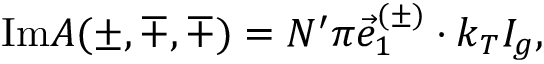
\mathrm { I m } { \cal A } ( \pm , \mp , \mp ) = { \cal N } ^ { \prime } \pi \vec { e } _ { 1 } ^ { ( \pm ) } \cdot k _ { T } { \cal I } _ { g } ,